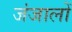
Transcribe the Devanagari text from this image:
जंजालों